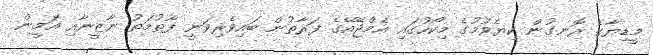
މީޑިޔާގެ ރޮނގުން ކިޔެވުމުގެ މިކޯހުގައި އެމްޖޭއޭގެ ފަރާތުން ބައިވެރިވަނީ ފާތުމަތު ނާޒީނާއި އަމީން